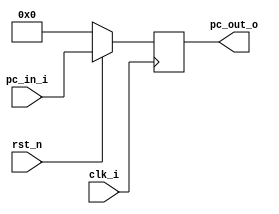
`timescale 1ns / 1ps

module ProgramCounter(
       clk_i,
		 rst_n,
		 pc_in_i,
		 pc_out_o
);
		
//I/O ports
		 input           clk_i;
		 input	        rst_n;
		 input  [32-1:0] pc_in_i;
		 output [32-1:0] pc_out_o;
 
//Internal Signals
		 reg    [32-1:0] pc_out_o;
 
//Parameter

    
//Main function
		 always @(posedge clk_i) 
		 begin
					 if(~rst_n) pc_out_o <= 0;
				    else pc_out_o <= pc_in_i;
		 end

endmodule